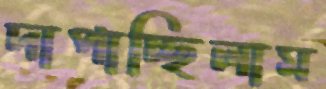
দাপাচ্ছিলাম